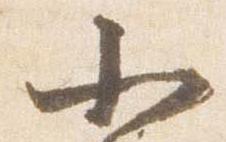
小